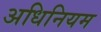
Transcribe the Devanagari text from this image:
अधिनियम